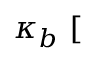
\kappa _ { b } ~ [ \